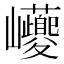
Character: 𡿟